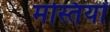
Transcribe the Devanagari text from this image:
मस्तियों